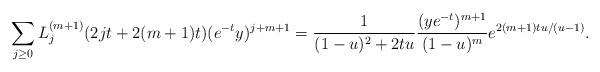
LaTeX: \begin{align*}\sum_{j \geq 0} L_{j}^{(m+1)}(2jt+2(m+1)t) (e^{-t}y)^{j+m+1} & = \frac{1}{(1-u)^2+2tu}\frac{(ye^{-t})^{m+1}}{(1-u)^{m}}e^{2(m+1)tu/(u-1)}.\end{align*}